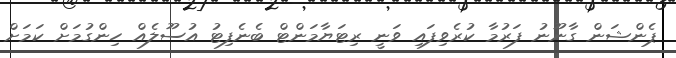
ޕެންޝަން ގާނޫނު ފަރުމާ ކުރެވިފައި ވަނީ ރިޓަޔާމަންޓް ބެނެފިޓު އުސޫލެއް ހިންގުމަށް ކަމަށް